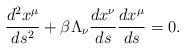
LaTeX: \begin{align*}\frac{d^2 x^\mu}{ds^2} + \beta \Lambda_\nu \frac{dx^\nu}{ds}\frac{dx^\mu}{ds} = 0.\end{align*}